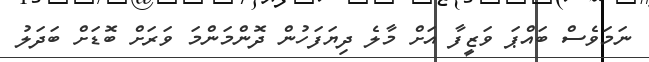
ނަމަވެސް ބައްޕަ ވަޒީފާ އަށް މާލެ ދިޔަފަހުން ދޮންމަންމަ ވަރަށް ބޮޑަށް ބަދަލު